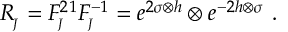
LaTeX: R _ { _ { \! J } } = F _ { _ { \! J } } ^ { 2 1 } F _ { _ { \! J } } ^ { - 1 } = e ^ { 2 \sigma \otimes h } \otimes e ^ { - 2 h \otimes \sigma } ~ .